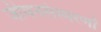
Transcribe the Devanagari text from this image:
जीवनसंस्मरणों